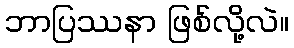
ဘာပြဿနာ ဖြစ်လို့လဲ။